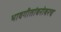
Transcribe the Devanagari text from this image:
भावगीतांबरोबरच